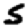
Digit: 5